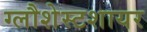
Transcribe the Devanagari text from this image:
ग्लौशेस्टशायर